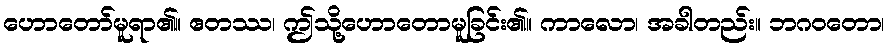
ဟောတော်မူရာ၏။ ဧတဿ၊ ဤသို့ဟောတောမူခြင်း၏။ ကာလော၊ အခါတည်း။ ဘဂဝတော၊